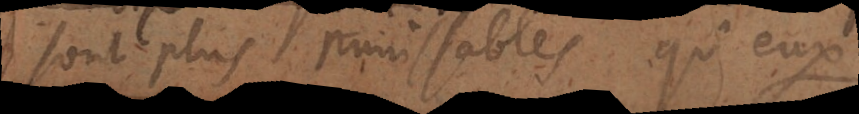
sont plus punissables qu’eux.